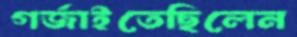
গর্‌জাইতেছিলেন